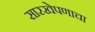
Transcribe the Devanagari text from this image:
सारखेपणाचा